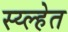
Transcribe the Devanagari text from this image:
स्य्ल्हेत